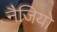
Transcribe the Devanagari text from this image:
नैजियो